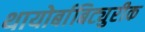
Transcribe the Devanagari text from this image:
थायोर्बाबिट्युरीक